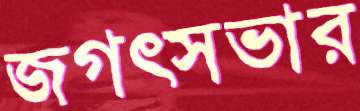
জগত্সভার